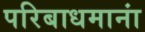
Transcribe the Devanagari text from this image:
परिबाधमानां